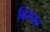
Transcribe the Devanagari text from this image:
विरधद्र